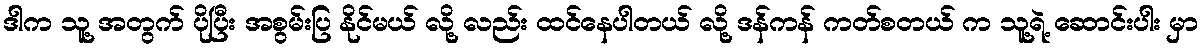
ဒါက သူ့ အတွက် ပိုပြီး အစွမ်းပြ နိုင်မယ် လို့ လည်း ထင်နေပါတယ် လို့ ဒန်ကန် ကတ်စတယ် က သူ့ရဲ့ ဆောင်းပါး မှာ